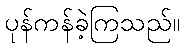
ပုန်ကန်ခဲ့ကြသည်။